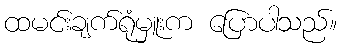
ထမင်းချက်ရုံမှူးက ပြောပါသည်။